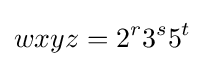
wxyz=2^{r}3^{s}5^{t}